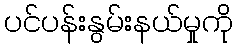
ပင်ပန်းနွမ်းနယ်မှုကို